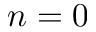
n = 0